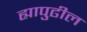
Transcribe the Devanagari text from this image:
ह्यापुढील